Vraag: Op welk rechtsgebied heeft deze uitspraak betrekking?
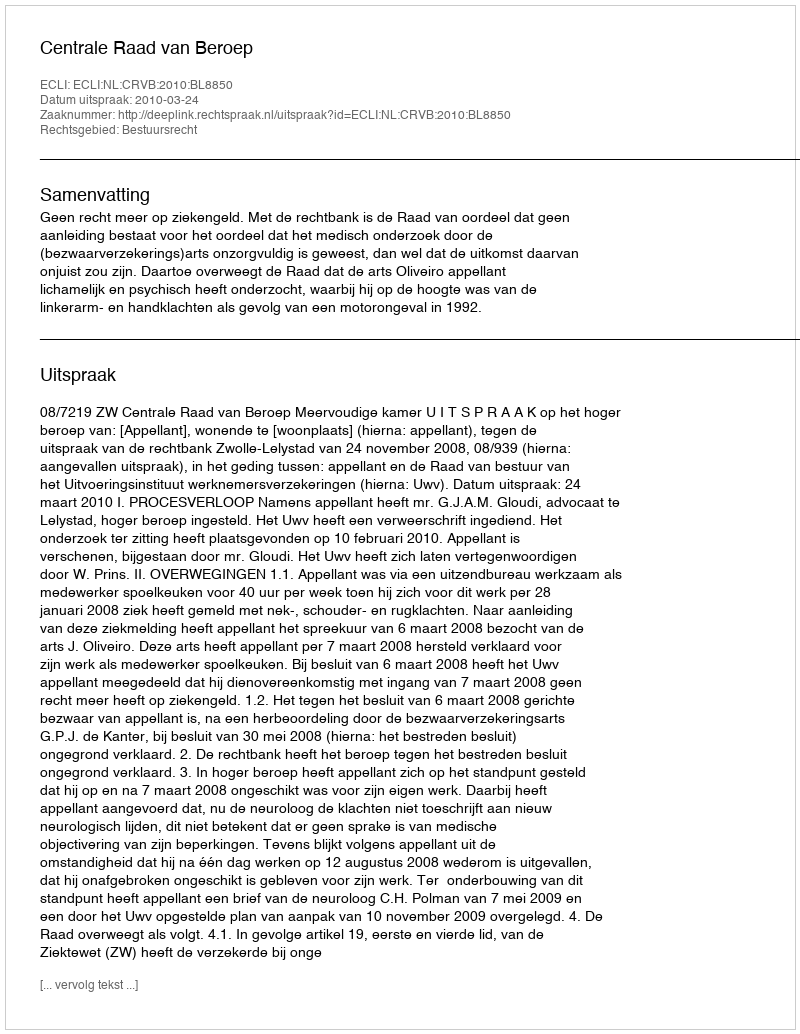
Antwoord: Bestuursrecht